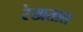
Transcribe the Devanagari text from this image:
रेखतात